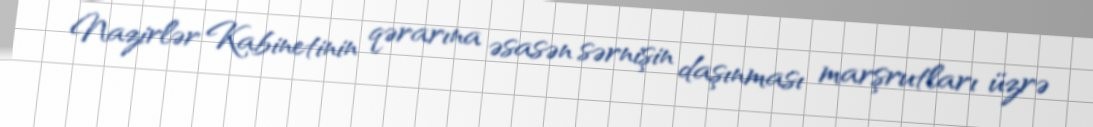
Nazirlər Kabinetinin qərarına əsasən sərnişin daşınması marşrutları üzrə